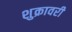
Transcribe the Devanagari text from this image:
शुक्रावरी